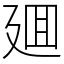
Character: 廽